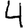
Digit: 4